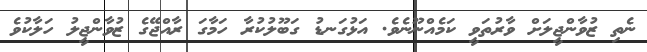
ނެތި ޒުވާންޖީލަށް ވާރުތަވީ ކަމެއްނޫނެވެ. އަޅުގަނޑު ގަބޫލުކުރާ ހަމާގަ ރާއްޖޭގެ ޒުވާންޖީލު ހަލާކުވެ